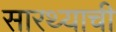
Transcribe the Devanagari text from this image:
सारथ्याची